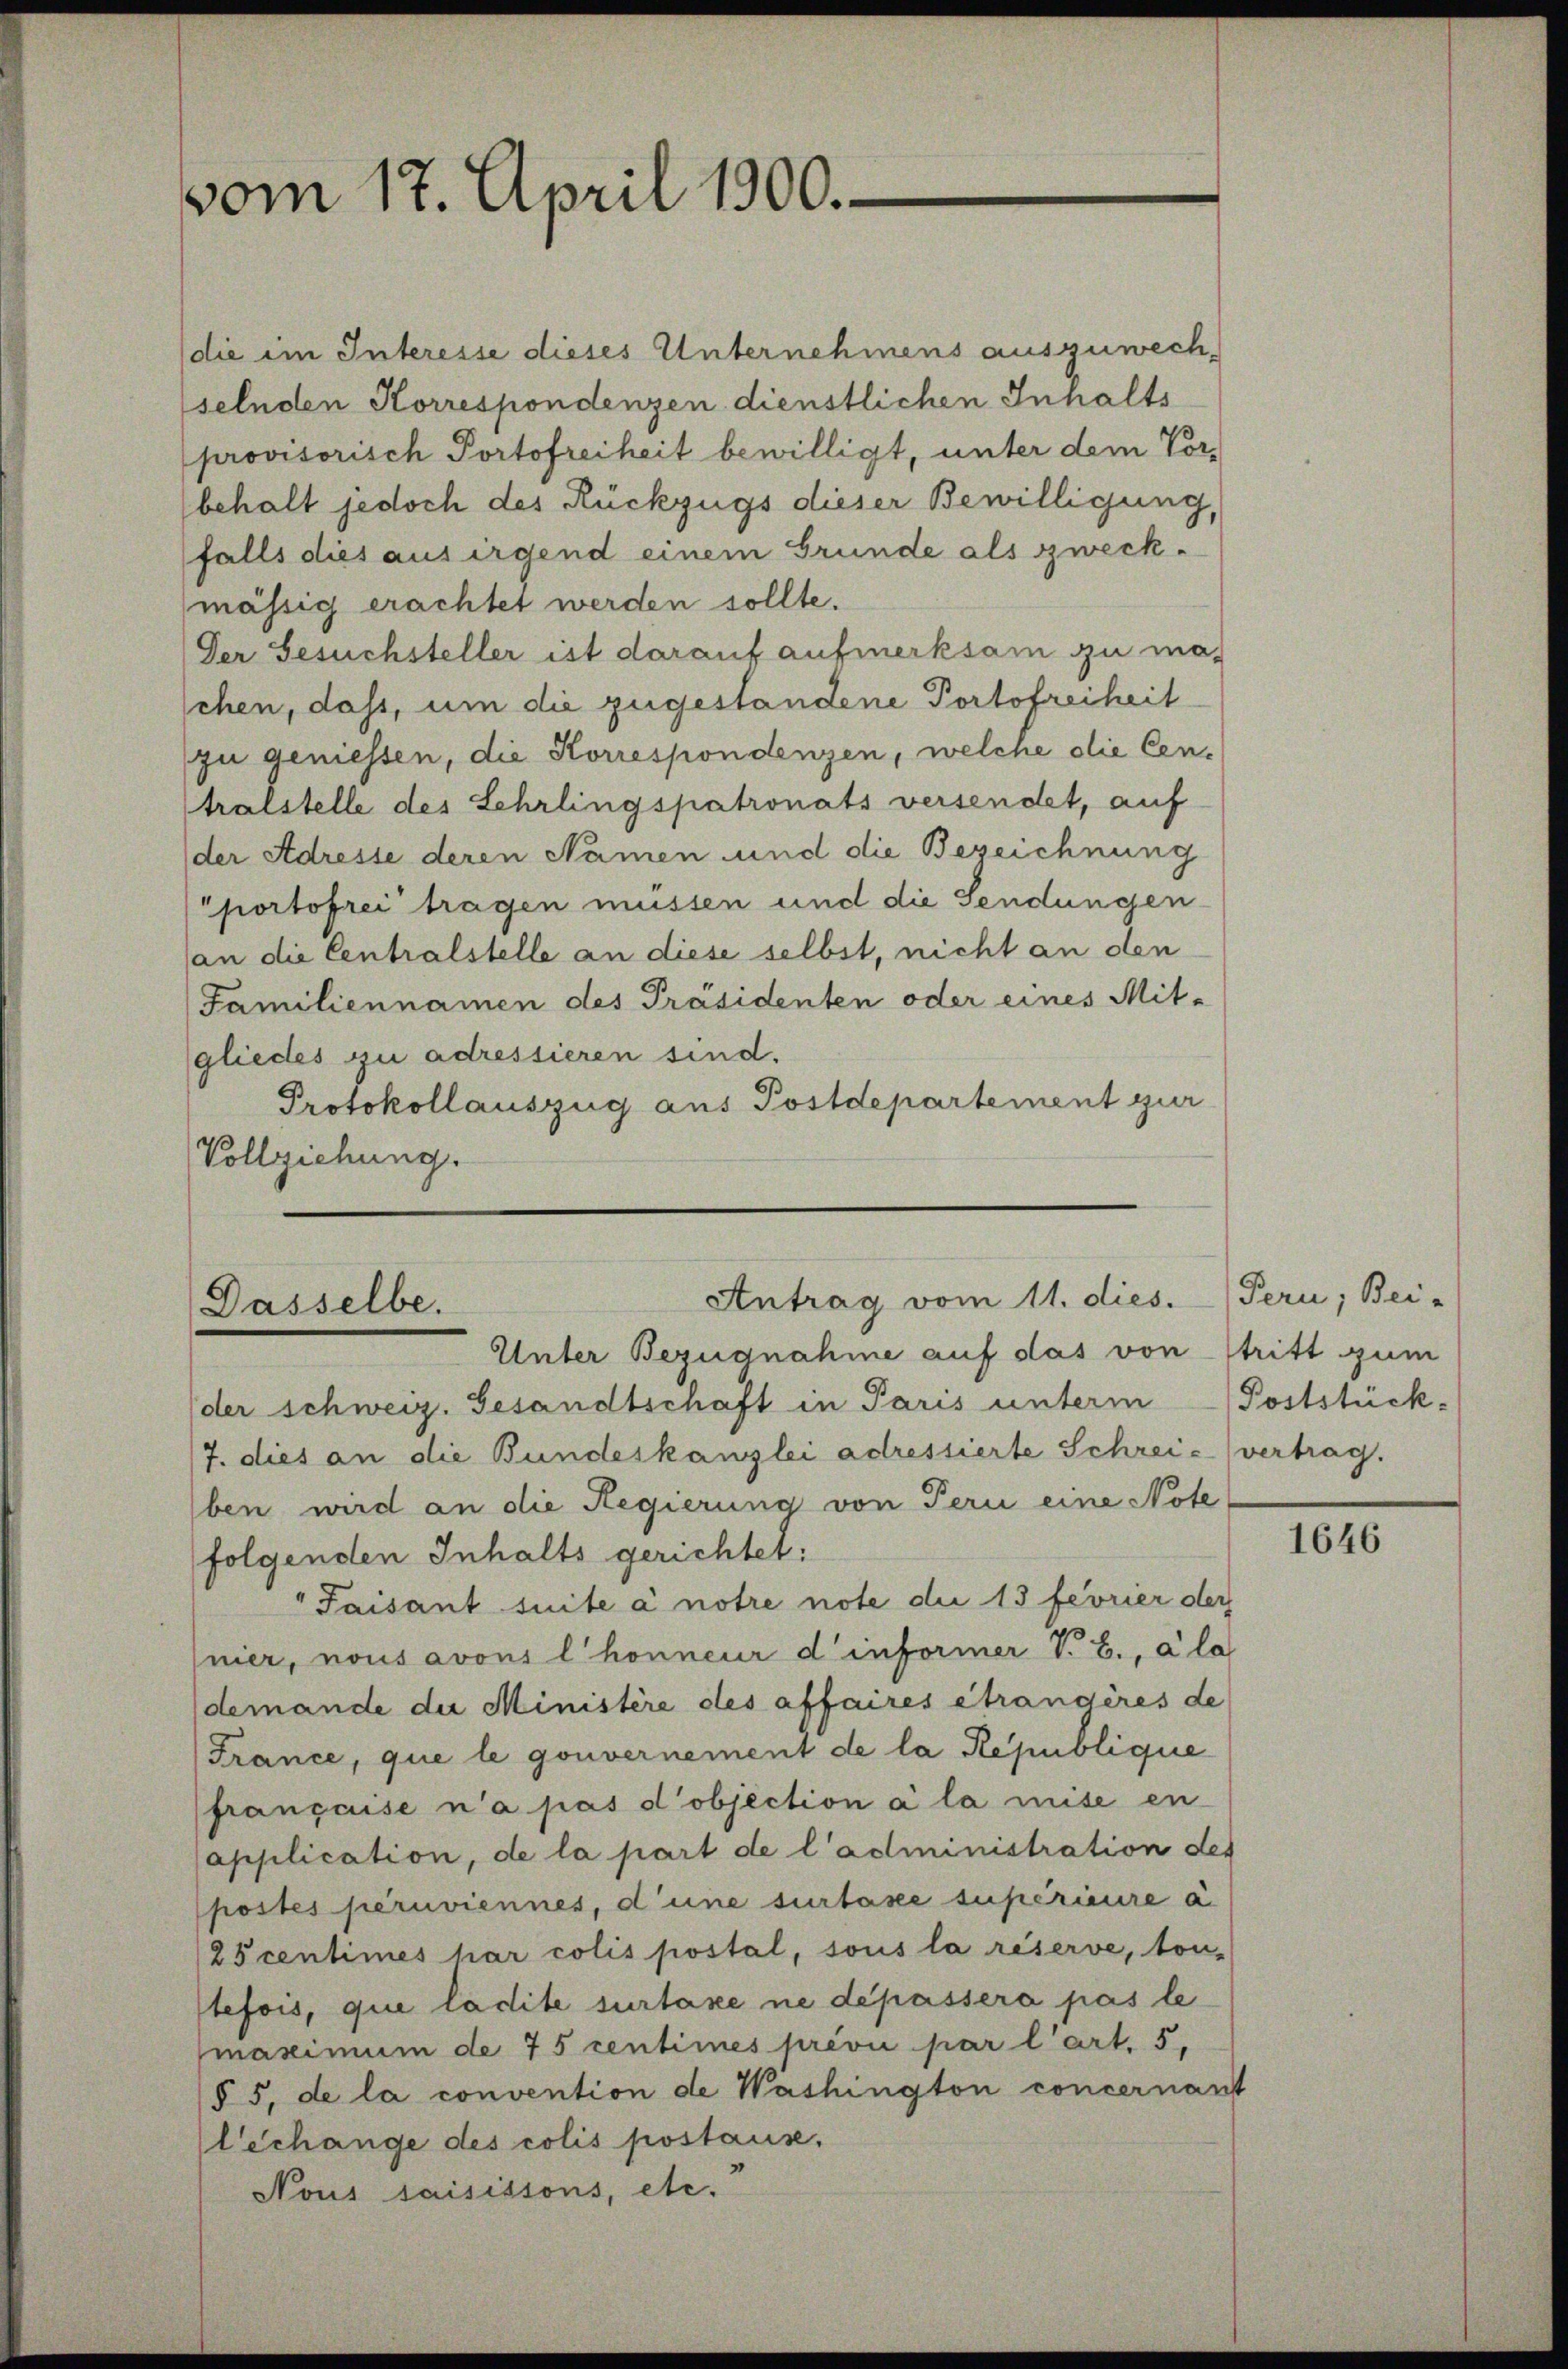
vom 17. April 1900.

die im Interesse dieses Unternehmens auszuwech-
selnden Korrespondenzen dienstlichen Inhalts
provisorisch Portofreiheit bewilligt, unter dem Vor-
behalt jedoch des Rückzugs dieser Bewilligung,
falls dies aus irgend einem Grunde als zweckmässig erachtet werden sollte.
Der Gesuchsteller ist darauf aufmerksam zu maschen, dass, um die zugestandene Portofreiheit
zu geniessen, die Korrespondenzen, welche die Centralstelle des Lehrlingspatronats versendet, auf
der Adresse deren Namen und die Bezeichnung
portofrei tragen müssen und die Sendungen-
an die Centralstelle an diese selbst, nicht an den
Familiennamen des Präsidenten oder eines Mit-
gliedes zu adressieren sind.
Protokollauszug aus Postdepartement zur
Vollziehung.

Antrag vom 11. dies.
Dasselbe.
Unter Bezugnahme auf das von stritt zum

der schweiz. Gesandtschaft in Paris unterm Poststück-
/7. dies an die Bundeskanzlei adressierte Schreie vertrag.
ben wird an die Regierung von Perii eine Note
folgenden Inhalts gerichtet:
"Paisant suite à notre note die 13 fevrier der
nier, nous avous l’honneur d’informer V. B., à la
demande die Ministère des affaires étrangères de
France, que le gouvernement de la République
française n’a pas d’objection à la mise en
application, de la part de l’administration des
postes peruviennes, d’une surtaxe supérieure à
25 centimes har colis postal, sous la réserve, ton-
tefois, que la dite surtaxe ne dépassera pas le
maximum de 75 centimes prévu par l’art. 5.
(§ 5, de la convention de Washington concernant
lechange des colis postause,
Nous saisissons, etc.

Pern; Bei-

1646